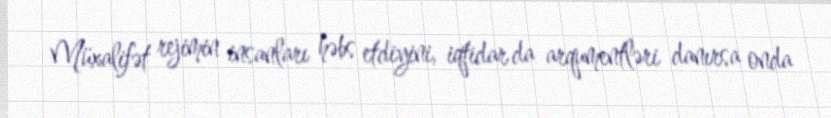
Müxalifət rejimin insanları həbs etdiyini, iqtidar da arqumentləri danırsa onda